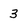
Character: 3